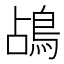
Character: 𪀄